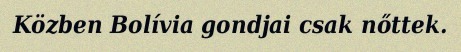
Közben Bolívia gondjai csak nőttek.